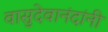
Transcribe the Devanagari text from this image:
वासुदेवानंदांनी